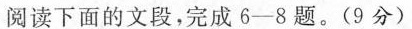
阅读下面的文段，完成 6-8 题。(9分)